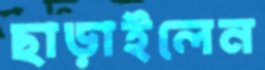
ছাড়াইলেন